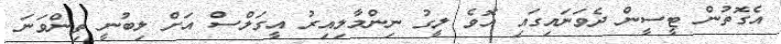
އެގޮތުން ޓީސީން ދެވަނައިގައި އޮވެ ލީގު ނިންމާލިއިރު އީގަލްސް އަށް ލިބުނީ ތިންވަނަ